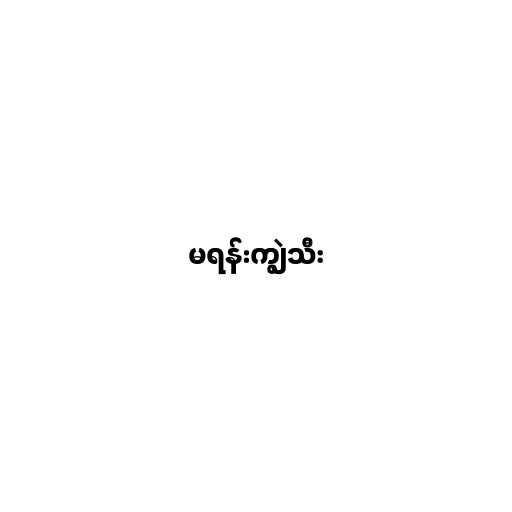
မရန်းကျွဲသီး